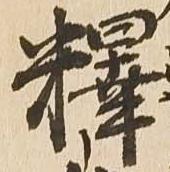
釈